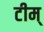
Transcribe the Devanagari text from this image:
टीम्